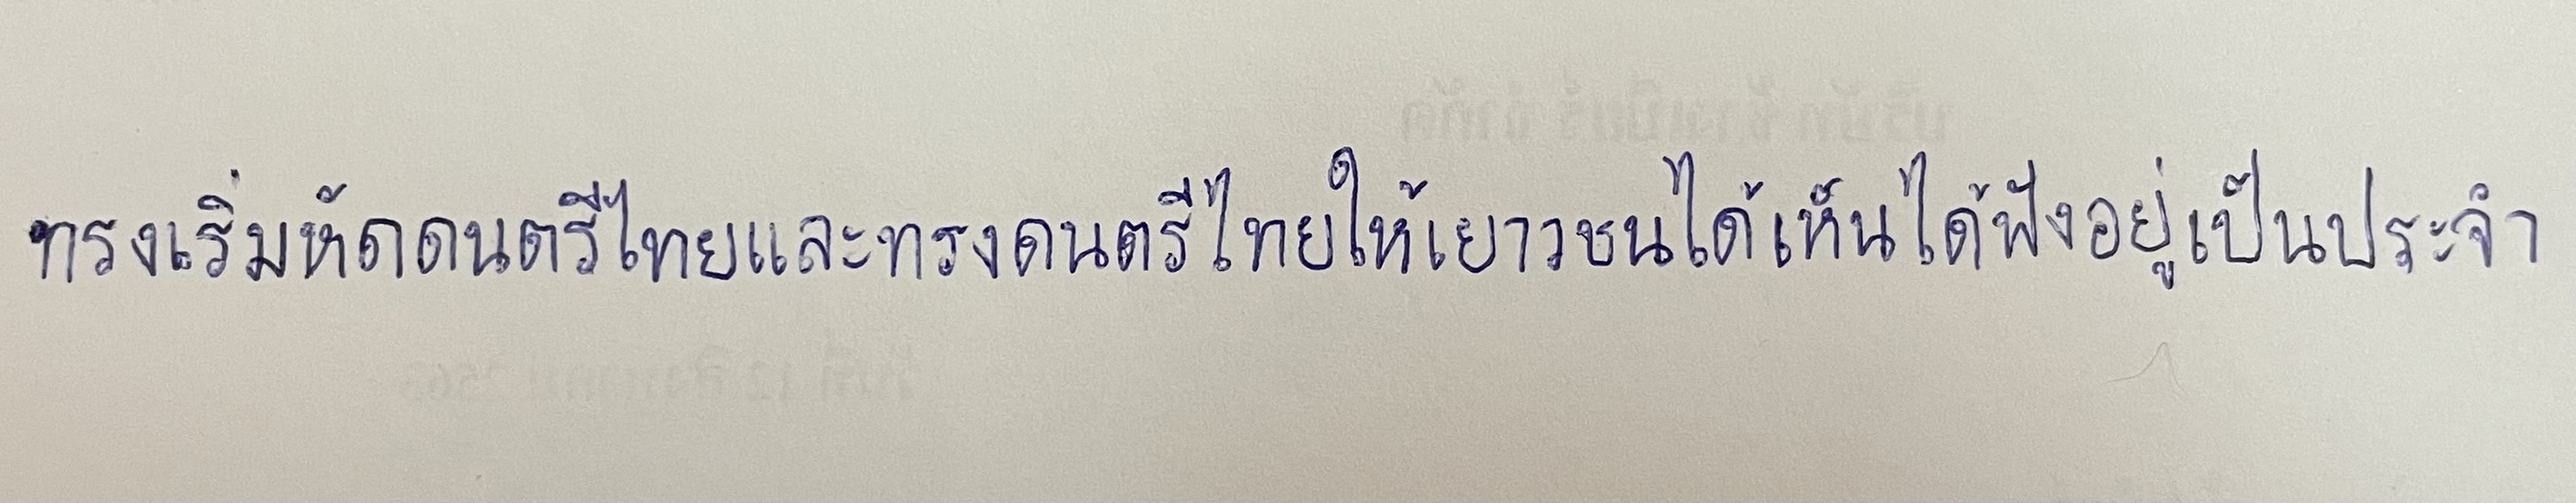
ทรงเริ่มหัดดนตรีไทยและทรงดนตรีไทยให้เยาวชนได้เห็นได้ฟังอยู่เป็นประจำ